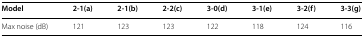
<table><thead><tr><td><b>Model</b></td><td><b>2-1(a)</b></td><td><b>2-1(b)</b></td><td><b>2-2(c)</b></td><td><b>3-0(d)</b></td><td><b>3-1(e)</b></td><td><b>3-2(f)</b></td><td><b>3-3(g)</b></td></tr></thead><tbody><tr><td>Max noise (dB)</td><td>121</td><td>123</td><td>123</td><td>122</td><td>118</td><td>124</td><td>116</td></tr></tbody></table>